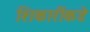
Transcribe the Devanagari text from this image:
शिकारींकडे